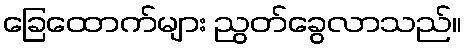
ခြေထောက်များ ညွတ်ခွေလာသည်။